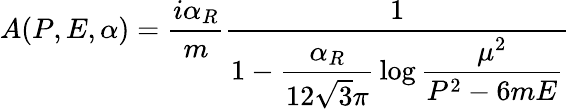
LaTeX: A(P,E,\alpha)={\frac{i\alpha_{R}}{m}}{\frac{1}{1-\displaystyle{\frac{\alpha_{R}}{12\sqrt{3}\pi}}\log\displaystyle{{\frac{\mu^{2}}{P^{2}-6mE}}}}}